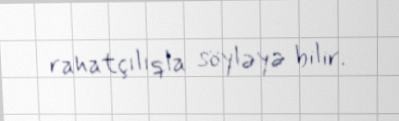
rahatçılıqla söyləyə bilir.